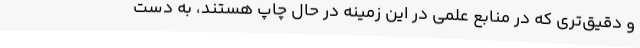
و دقیق‌تری که در منابع علمی در این زمینه در حال چاپ هستند، به دست